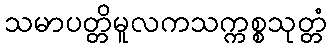
သမာပတ္တိမူလကသက္ကစ္စသုတ္တံ